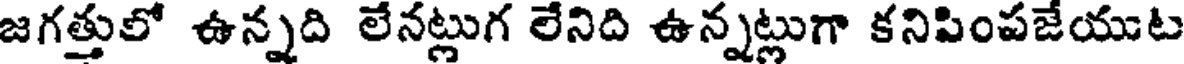
జగత్తులో ఉన్నది లేనట్లుగ లేనిది ఉన్నట్లుగా కనిపింపజేయుట